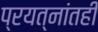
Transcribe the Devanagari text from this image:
प्रयत्‍नांतही